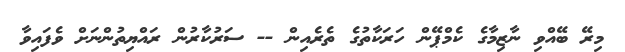
މިރޭ ބޭއްވި ނާޒިމާގެ ކެމްޕޭން ހަރަކާތުގެ ތެރެއިން -- ސަރުކާރުން ރައްޔިތުންނަށް ވެފައިވާ